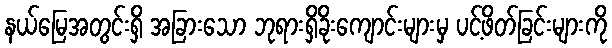
နယ်မြေအတွင်းရှိ အခြားသော ဘုရားရှိခိုးကျောင်းများမှ ပင့်ဖိတ်ခြင်းများကို